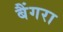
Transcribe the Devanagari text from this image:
बैंगरा